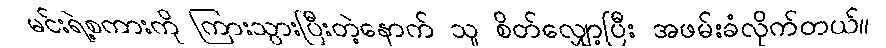
မင်းရဲ့စကားကို ကြားသွားပြီးတဲ့နောက် သူ စိတ်လျှော့ပြီး အဖမ်းခံလိုက်တယ်။